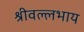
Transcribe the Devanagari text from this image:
श्रीवल्लभाय